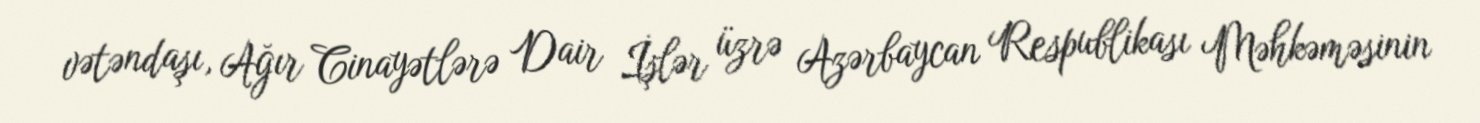
vətəndaşı, Ağır Cinayətlərə Dair İşlər üzrə Azərbaycan Respublikası Məhkəməsinin